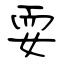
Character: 耍